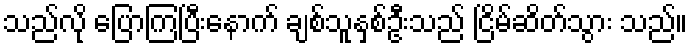
သည်လို ပြောကြပြီးနောက် ချစ်သူနှစ်ဦးသည် ငြိမ်ဆိတ်သွား သည်။